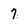
Character: 7